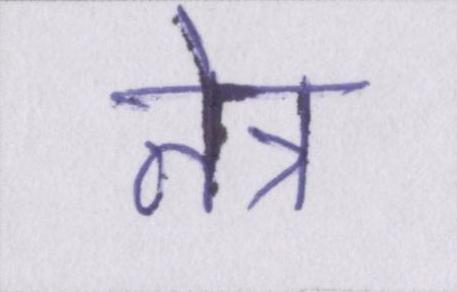
नेत्र